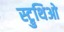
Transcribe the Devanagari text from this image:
स्ट्रुथिओ